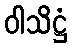
ဝါသိဋ္ဌံ